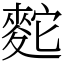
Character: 䴱